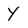
Character: Y